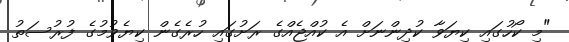
"މި ކޯހުގައި ކިޔަވާ ކުދިންނަށް އެ ކުއްޖެއްގެ ރަށުގައި ހުރެގެން ކިޔެވުމުގެ ފުރުސަތު